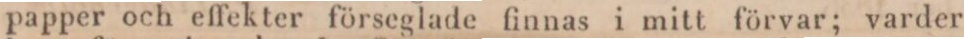
papper och effekter förseglade finnas i mitt förvar; varder